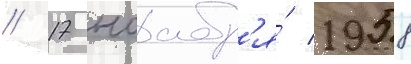
// 17 ноабр'я́ 1958